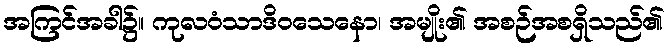
အကြင်အခါ၌။ ကုလဝံသာဒိဝသေနော၊ အမျိုး၏ အစဉ်အစရှိသည်၏